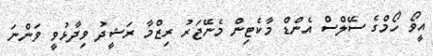
އީވޯ ހޯމްގެ ސޭލްސް އެންޑް މާކެޓިން މެނޭޖަރު ރިޒްމާ ރަޝީދު ވިދާޅުވީ ވަންނަ